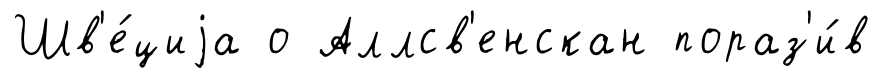
Шв'е́циjа о Аллсв'енскан пораз'и́в